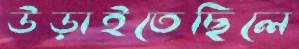
উড়াইতেছিলে